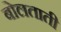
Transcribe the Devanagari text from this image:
बोलताती